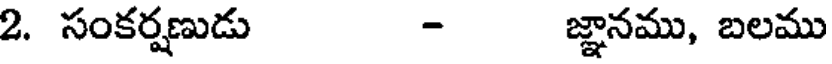
2. సంకర్షణుడు - జ్ఞానము, బలము